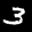
Label: 3